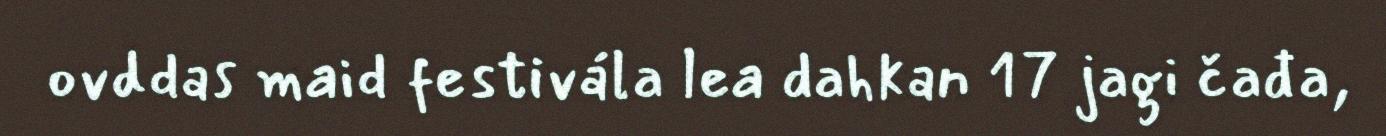
ovddas maid festivála lea dahkan 17 jagi čađa,